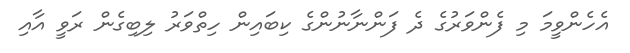
އެހެންވީމަ މި ފެންވަރުގެ ދެ ފަންނާނުންގެ ކިބައިން ހިތްވަރު ލިބިގެން ރަވީ އާއި